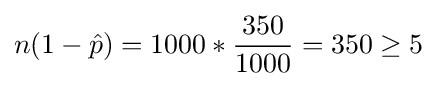
n(1-{\hat {p}})=1000*{\frac {350}{1000}}=350\geq 5